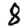
Digit: 8